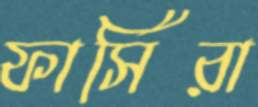
ফার্সিরা